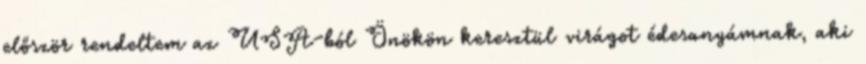
először rendeltem az USA-ból Önökön keresztül virágot édesanyámnak, aki